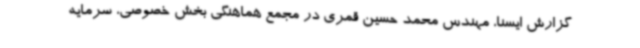
گزارش ایسنا، مهندس محمد حسین قمری در مجمع هماهنگی بخش خصوصی، سرمایه